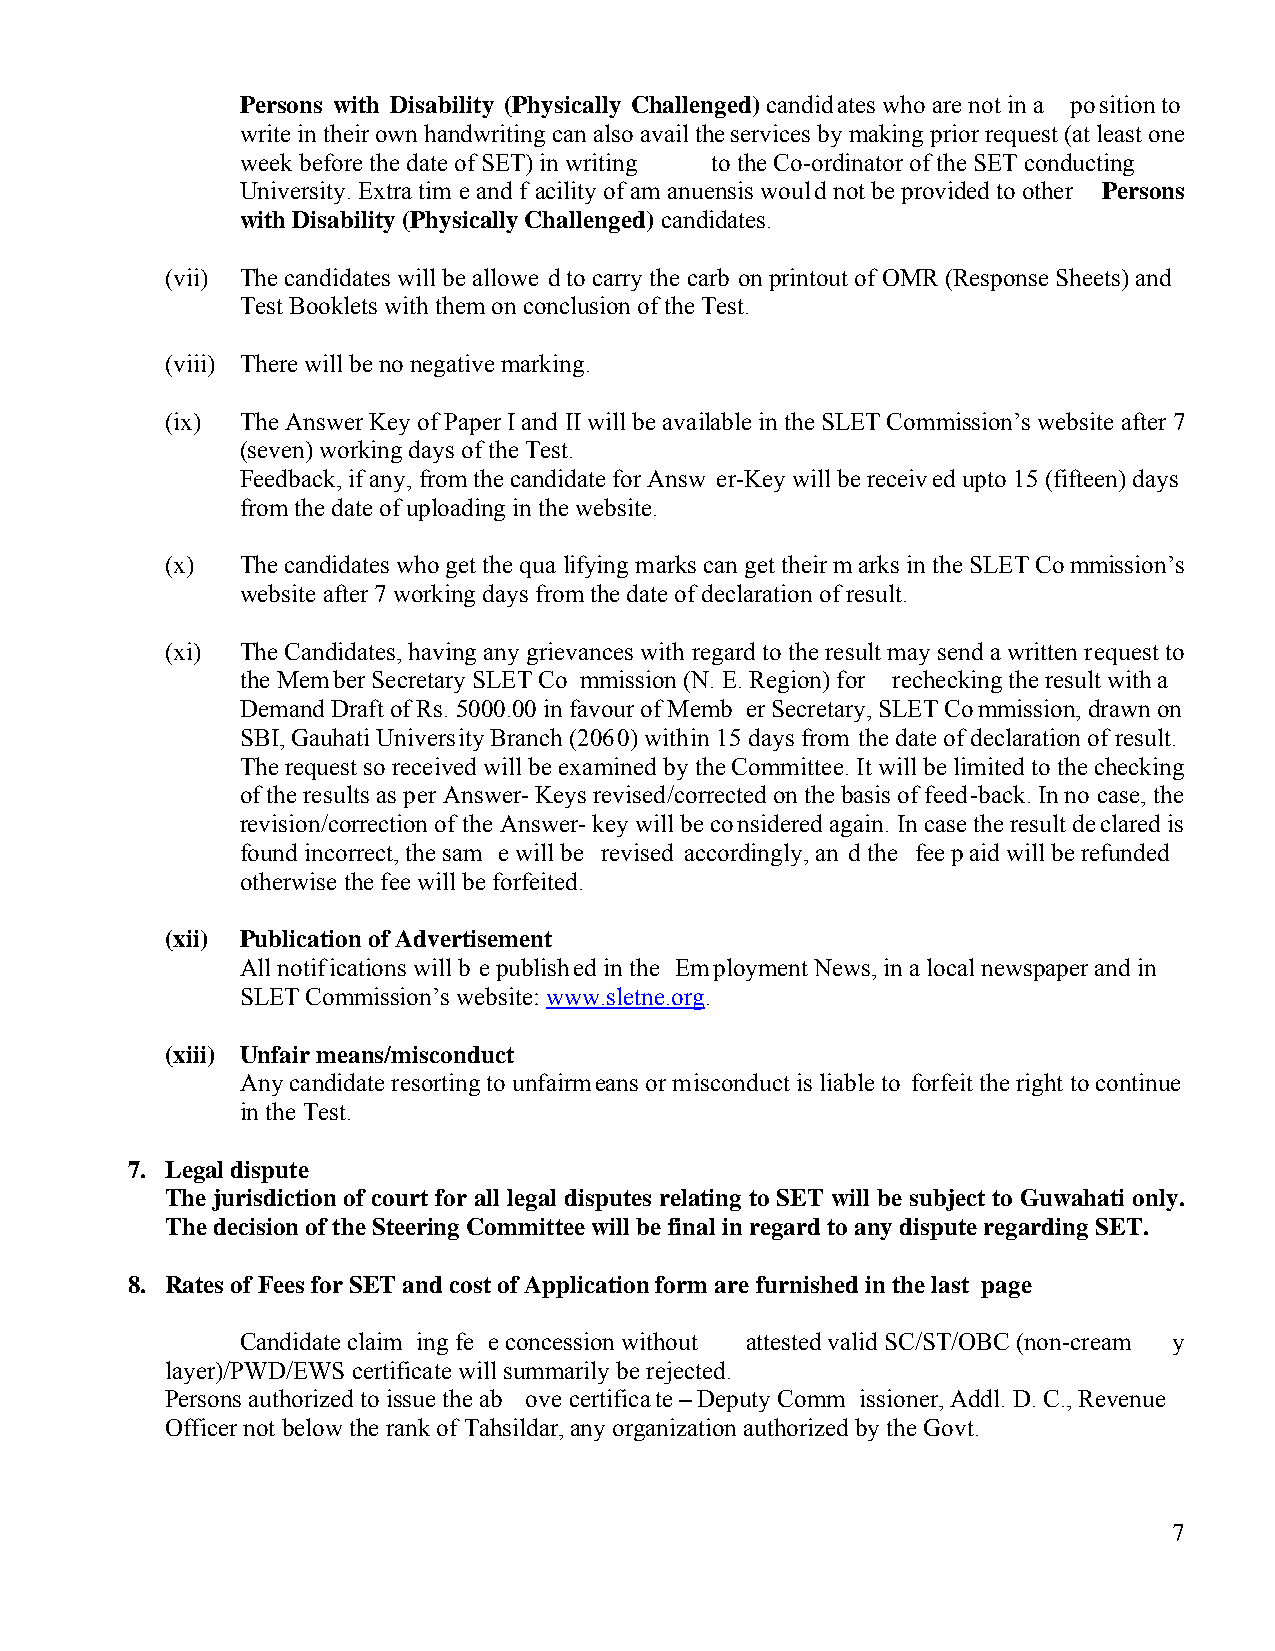
Persons with Disability (Physically Challenged) candidates who are not in a position to
 write in their own handwriting can also avail the services by making prior request (at least one
 week before the date of SET) in writing to the Co-ordinator of the SET conducting
 University. Extra tim e and f acility of am anuensis would not be provided to other Persons
 with Disability (Physically Challenged) candidates.
 (vii) The candidates will be allowe d to carry the carb on printout of OMR (Response Sheets) and
 Test Booklets with them on conclusion of the Test.
 (viii) There will be no negative marking.
 (ix) The Answer Key of Paper I and II will be available in the SLET Commission’s website after 7
 (seven) working days of the Test.
 Feedback, if any, from the candidate for Answ er-Key will be received upto 15 (fifteen) days
 from the date of uploading in the website.
 (x)  The candidates who get the qua lifying marks can get their marks in the SLET Commission’s
 website after 7 working days from the date of declaration of result.
 (xi) The Candidates, having any grievances with regard to the result may send a written request to
 the Member Secretary SLET Co mmission (N. E. Region) for rechecking the result with a
 Demand Draft of Rs. 5000.00 in favour of Memb er Secretary, SLET Commission, drawn on
 SBI, Gauhati University Branch (2060) within 15 days from the date of declaration of result.
 The request so received will be examined by the Committee. It will be limited to the checking
 of the results as per Answer- Keys revised/corrected on the basis of feed-back. In no case, the
 revision/correction of the Answer- key will be considered again. In case the result declared is
 found incorrect, the sam e will be revised accordingly, an d the fee paid will be refunded
 otherwise the fee will be forfeited.
 (xii) Publication of Advertisement
 All notifications will b e published in the Employment News, in a local newspaper and in
 SLET Commission’s website: www.sletne.org.
 (xiii) Unfair means/misconduct
 Any candidate resorting to unfairmeans or misconduct is liable to forfeit the right to continue
 in the Test.
 7. Legal dispute
 The jurisdiction of court for all legal disputes relating to SET will be subject to Guwahati only.
 The decision of the Steering Committee will be final in regard to any dispute regarding SET.
 8. Rates of Fees for SET and cost of Application form are furnished in the last page
 Candidate claim ing fe e concession without attested valid SC/ST/OBC (non-cream y
 layer)/PWD/EWS certificate will summarily be rejected.
 Persons authorized to issue the ab ove certificate – Deputy Comm issioner, Addl. D. C., Revenue
 Officer not below the rank of Tahsildar, any organization authorized by the Govt.
 7